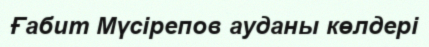
Ғабит Мүсірепов ауданы көлдері